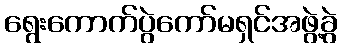
ရွေးကောက်ပွဲကော်မရှင်အဖွဲ့ခွဲ